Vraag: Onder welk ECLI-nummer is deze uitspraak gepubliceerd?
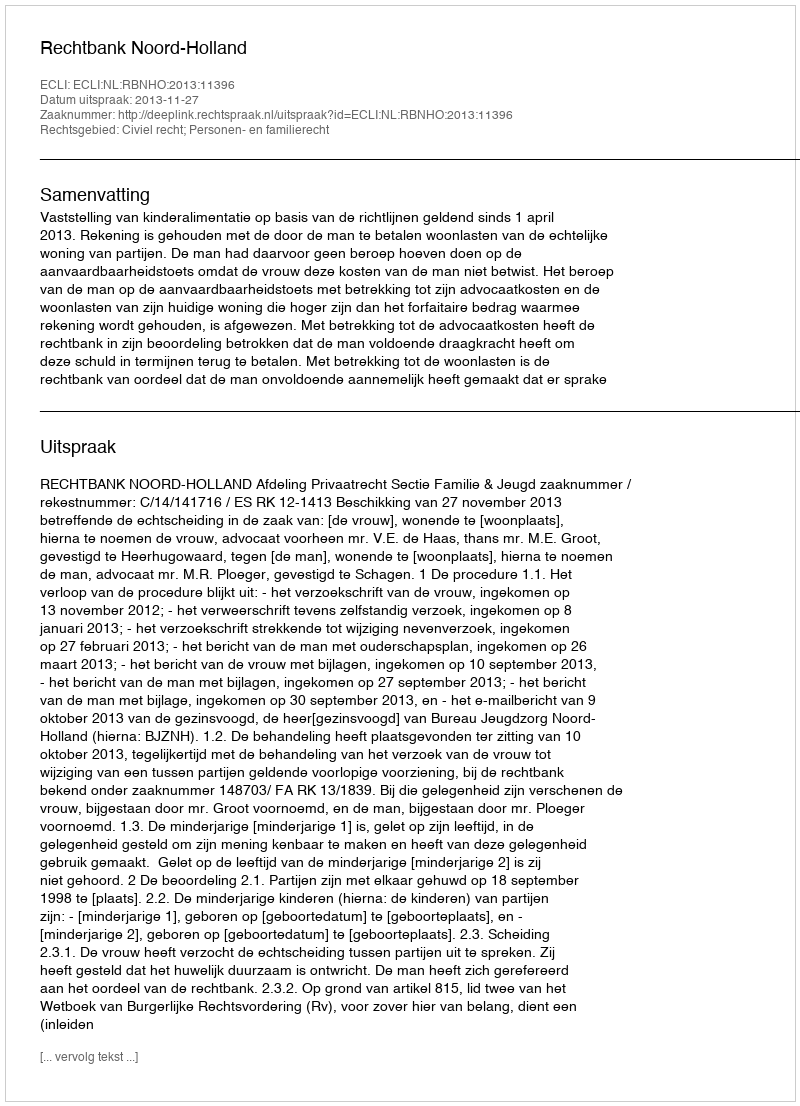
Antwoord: ECLI:NL:RBNHO:2013:11396